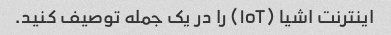
اینترنت اشیا (IoT) را در یک جمله توصیف کنید.